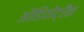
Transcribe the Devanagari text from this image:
ऑडियोट्रैक